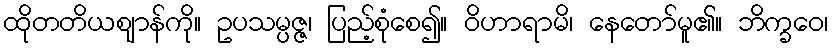
ထိုတတိယဈာန်ကို။ ဥပသမ္ပဇ္ဇ၊ ပြည့်စုံစေ၍။ ဝိဟာရာမိ၊ နေတော်မူ၏။ ဘိက္ခဝေ၊